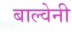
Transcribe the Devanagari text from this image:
बाल्वेनी